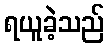
ရယူခဲ့သည်